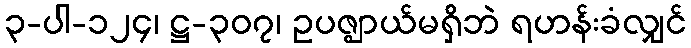
၃-ပါ-၁၂၄၊ ဋ္ဌ-၃၀၇၊ ဥပဇ္ဈာယ်မရှိဘဲ ရဟန်းခံလျှင်